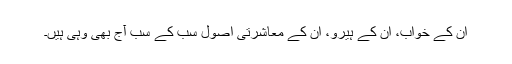
ان کے خواب، ان کے ہیرو، ان کے معاشرتی اصول سب کے سب آج بھی وہی ہیں۔